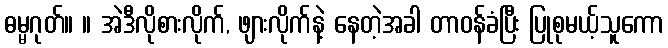
ဓမ္မဂုတ်။ ။ အဲဒီလိုစားလိုက်, ဖျားလိုက်နဲ့ နေတဲ့အခါ တာဝန်ခံပြီး ပြုစုမယ့်သူကော